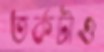
তর্কটাও